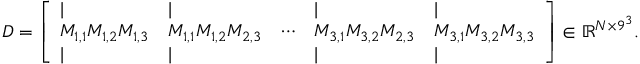
\begin{array} { r l } & { D = \left[ \begin{array} { l l l l l } { | } & { | } & & { | } & { | } \\ { M _ { 1 , 1 } M _ { 1 , 2 } M _ { 1 , 3 } } & { M _ { 1 , 1 } M _ { 1 , 2 } M _ { 2 , 3 } } & { \cdots } & { M _ { 3 , 1 } M _ { 3 , 2 } M _ { 2 , 3 } } & { M _ { 3 , 1 } M _ { 3 , 2 } M _ { 3 , 3 } } \\ { | } & { | } & & { | } & { | } \end{array} \right] \in \mathbb { R } ^ { N \times 9 ^ { 3 } } . } \end{array}